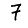
Digit: 7